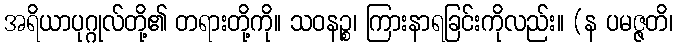
အရိယာပုဂ္ဂုလ်တို့၏ တရားတို့ကို။ သဝနဉ္စ၊ ကြားနာရခြင်းကိုလည်း။ (န ပမဇ္ဇတိ၊